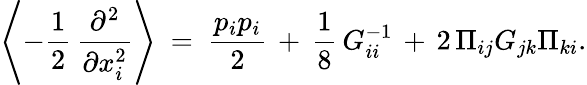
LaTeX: \left\langle-{\frac{1}{2}}\, \frac{\partial^{2}}{\partial x_{i}^{2}}\right\rangle\ =\ {\frac{p_{i}p_{i}}{2}}\, +\, \frac{1}{8}\, G_{ii}^{-1}\, +\, 2\, \Pi_{ij}G_{jk}\Pi_{ki}.